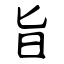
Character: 旨